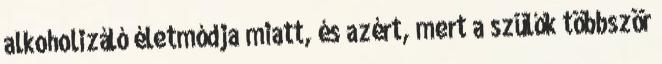
alkoholizáló életmódja miatt, és azért, mert a szülők többször